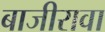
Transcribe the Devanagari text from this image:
बाजीरावा